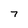
Character: 7